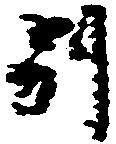
別